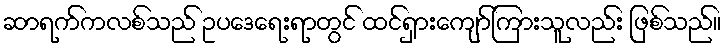
ဆာရက်ကလစ်သည် ဥပဒေရေးရာတွင် ထင်ရှားကျော်ကြားသူလည်း ဖြစ်သည်။